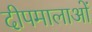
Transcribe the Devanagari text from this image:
दीपमालाओं